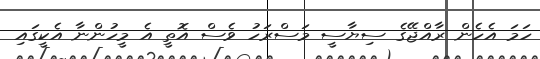
ހަމަ އެހެން ރާއްޖޭގެ ސިޔާސީ މަސްރަހު ވެސް އޮތީ އެ މީހުންނާ އެކީގައި